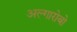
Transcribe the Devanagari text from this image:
अल्गारोबो